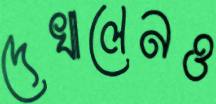
দেখালেনও